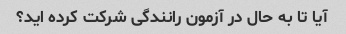
آیا تا به حال در آزمون رانندگی شرکت کرده اید؟